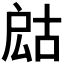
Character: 𢩍